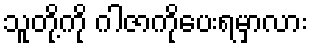
သူတို့ကို ဂါဇာကိုပေးရမှာလား